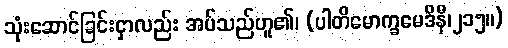
သုံးဆောင်ခြင်းငှာလည်း အပ်သည်ဟူ၏၊ (ပါတိမောက္ခမေဒိနီ၊၂၁၅။)